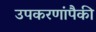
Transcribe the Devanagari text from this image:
उपकरणांपैकी